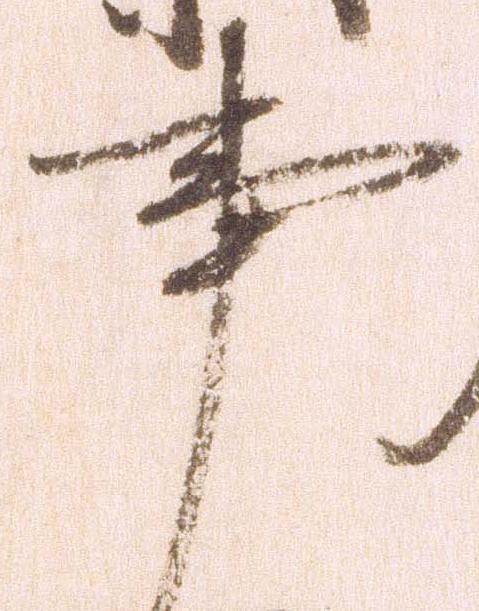
事